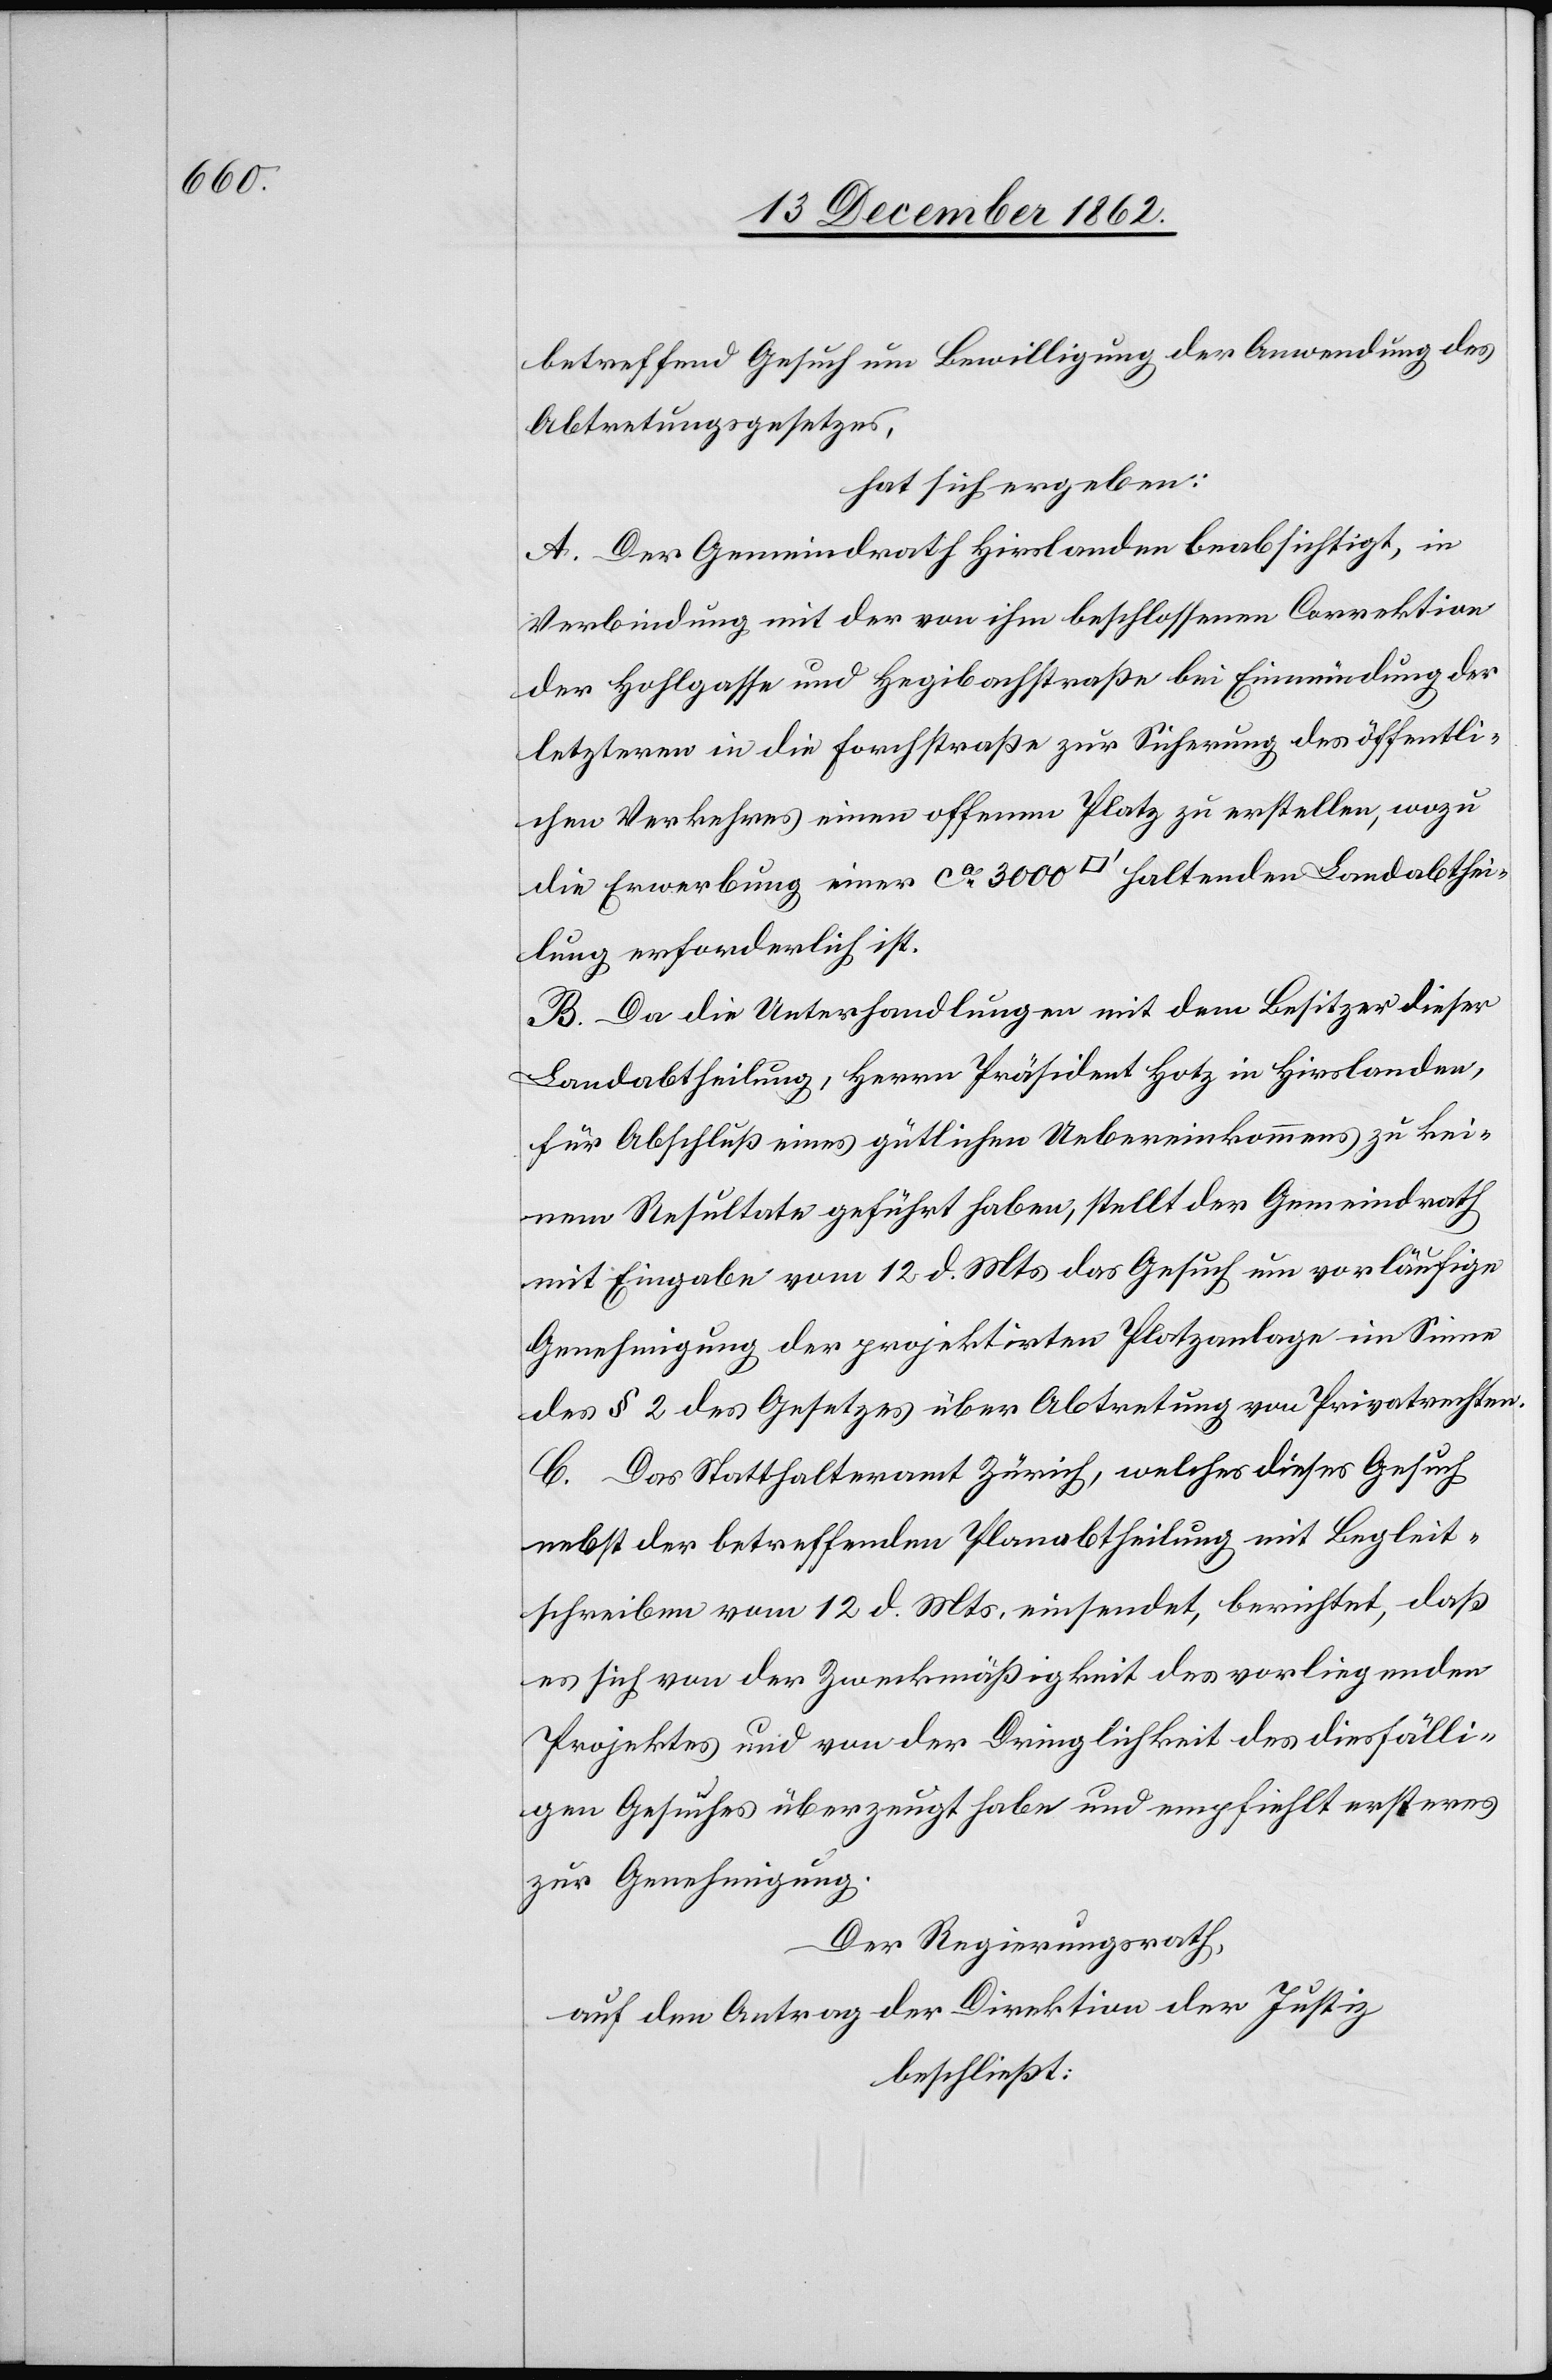
betreffend Gesuch um Bewilligung der Anwendung des
Abtretungsgesetzes,
hat sich ergeben:
A. Der Gemeindrath Hirslanden beabsichtigt, in
Verbindung mit der von ihm beschlossenen Correktion
der Hohlgasse und Hegibachstraße bei Einmündung der
letzteren in die Forchstraße zur Sicherung des öffentli¬
chen Verkehres einen offenen Platz zu erstellen, wozu
die Erwerbung einer ca 3000 [Quadratfuß] haltenden Landabthei¬
lung erforderlich ist.
B. Da die Unterhandlungen mit dem Besitzer dieser
Landabtheilung, Herrn Präsident Hotz in Hirslanden,
für Abschluß eines gütlichen Uebereinkommens zu kei¬
nem Resultate geführt haben, stellt der Gemeindrath
mit Eingabe vom 12. d. Mts. das Gesuch um vorläufige
Genehmigung der projektirten Platzanlage im Sinne
des § 2 des Gesetzes über Abtretung von Privatrechten.
C. Das Statthalteramt Zürich, welches dieses Gesuch
nebst der betreffenden Planabtheilung mit Begleit¬
schreiben vom 12. d. Mts. einsendet, berichtet, daß
es sich von der Zweckmäßigkeit des vorliegenden
Projektes und von der Dringlichkeit des diesfälli¬
gen Gesuches überzeugt habe und empfiehlt ersteres
zur Genehmigung.
Der Regierungsrath,
auf den Antrag der Direktion der Justiz
beschließt: